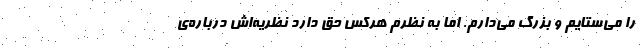
را می‌ستایم و بزرگ می‌دارم. اما به نظرم هرکس حق دارد نظریه‌اش درباره‌ی